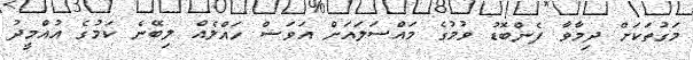
މަގުތަކަށް ދިމާވާ ފެންބޮޑު ވުމުގެ މައްސަލައަށް އަވަސް ހައްލެއް ލިބޭނެ ކަމުގެ އުއްމީދު